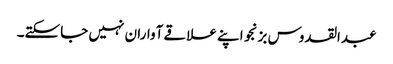
عبدالقدوس بزنجو اپنے علاقے آواران نہیں جاسکتے۔